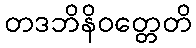
တဒဘိနိဝတ္တေတိ